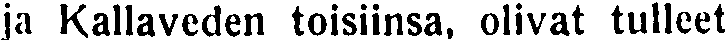
ja Kallaveden toisiinsa, olivat tulleet